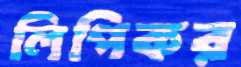
লিপিকর